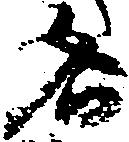
名